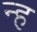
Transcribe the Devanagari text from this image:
न्ह